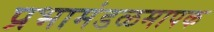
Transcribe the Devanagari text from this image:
प्रभामंडळमापक